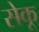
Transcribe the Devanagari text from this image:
सेकू